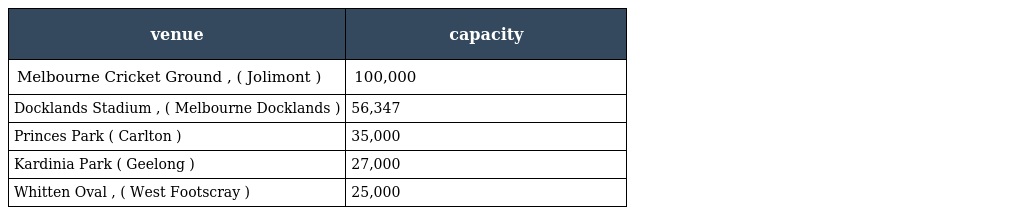
| venue | capacity |
 | --- | --- |
 | Melbourne Cricket Ground , ( Jolimont ) | 100,000 |
 | Docklands Stadium , ( Melbourne Docklands ) | 56,347 |
 | Princes Park ( Carlton ) | 35,000 |
 | Kardinia Park ( Geelong ) | 27,000 |
 | Whitten Oval , ( West Footscray ) | 25,000 |